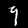
Digit: 9